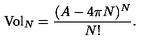
\mathrm { { V o l } } _ { N } = \frac { ( A - 4 \pi N ) ^ { N } } { N ! } .